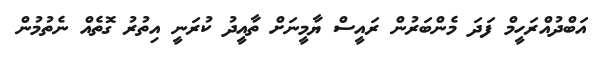
އަބްދުއްރަހީމް ފަަދަ މެންބަރުން ރައީސް ޔާމީނަށް ތާއީދު ކުރަނީ އިތުރު ގޮތެއް ނެތުމުން